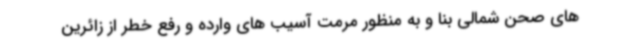
های صحن شمالی بنا و به منظور مرمت آسیب های وارده و رفع خطر از زائرین